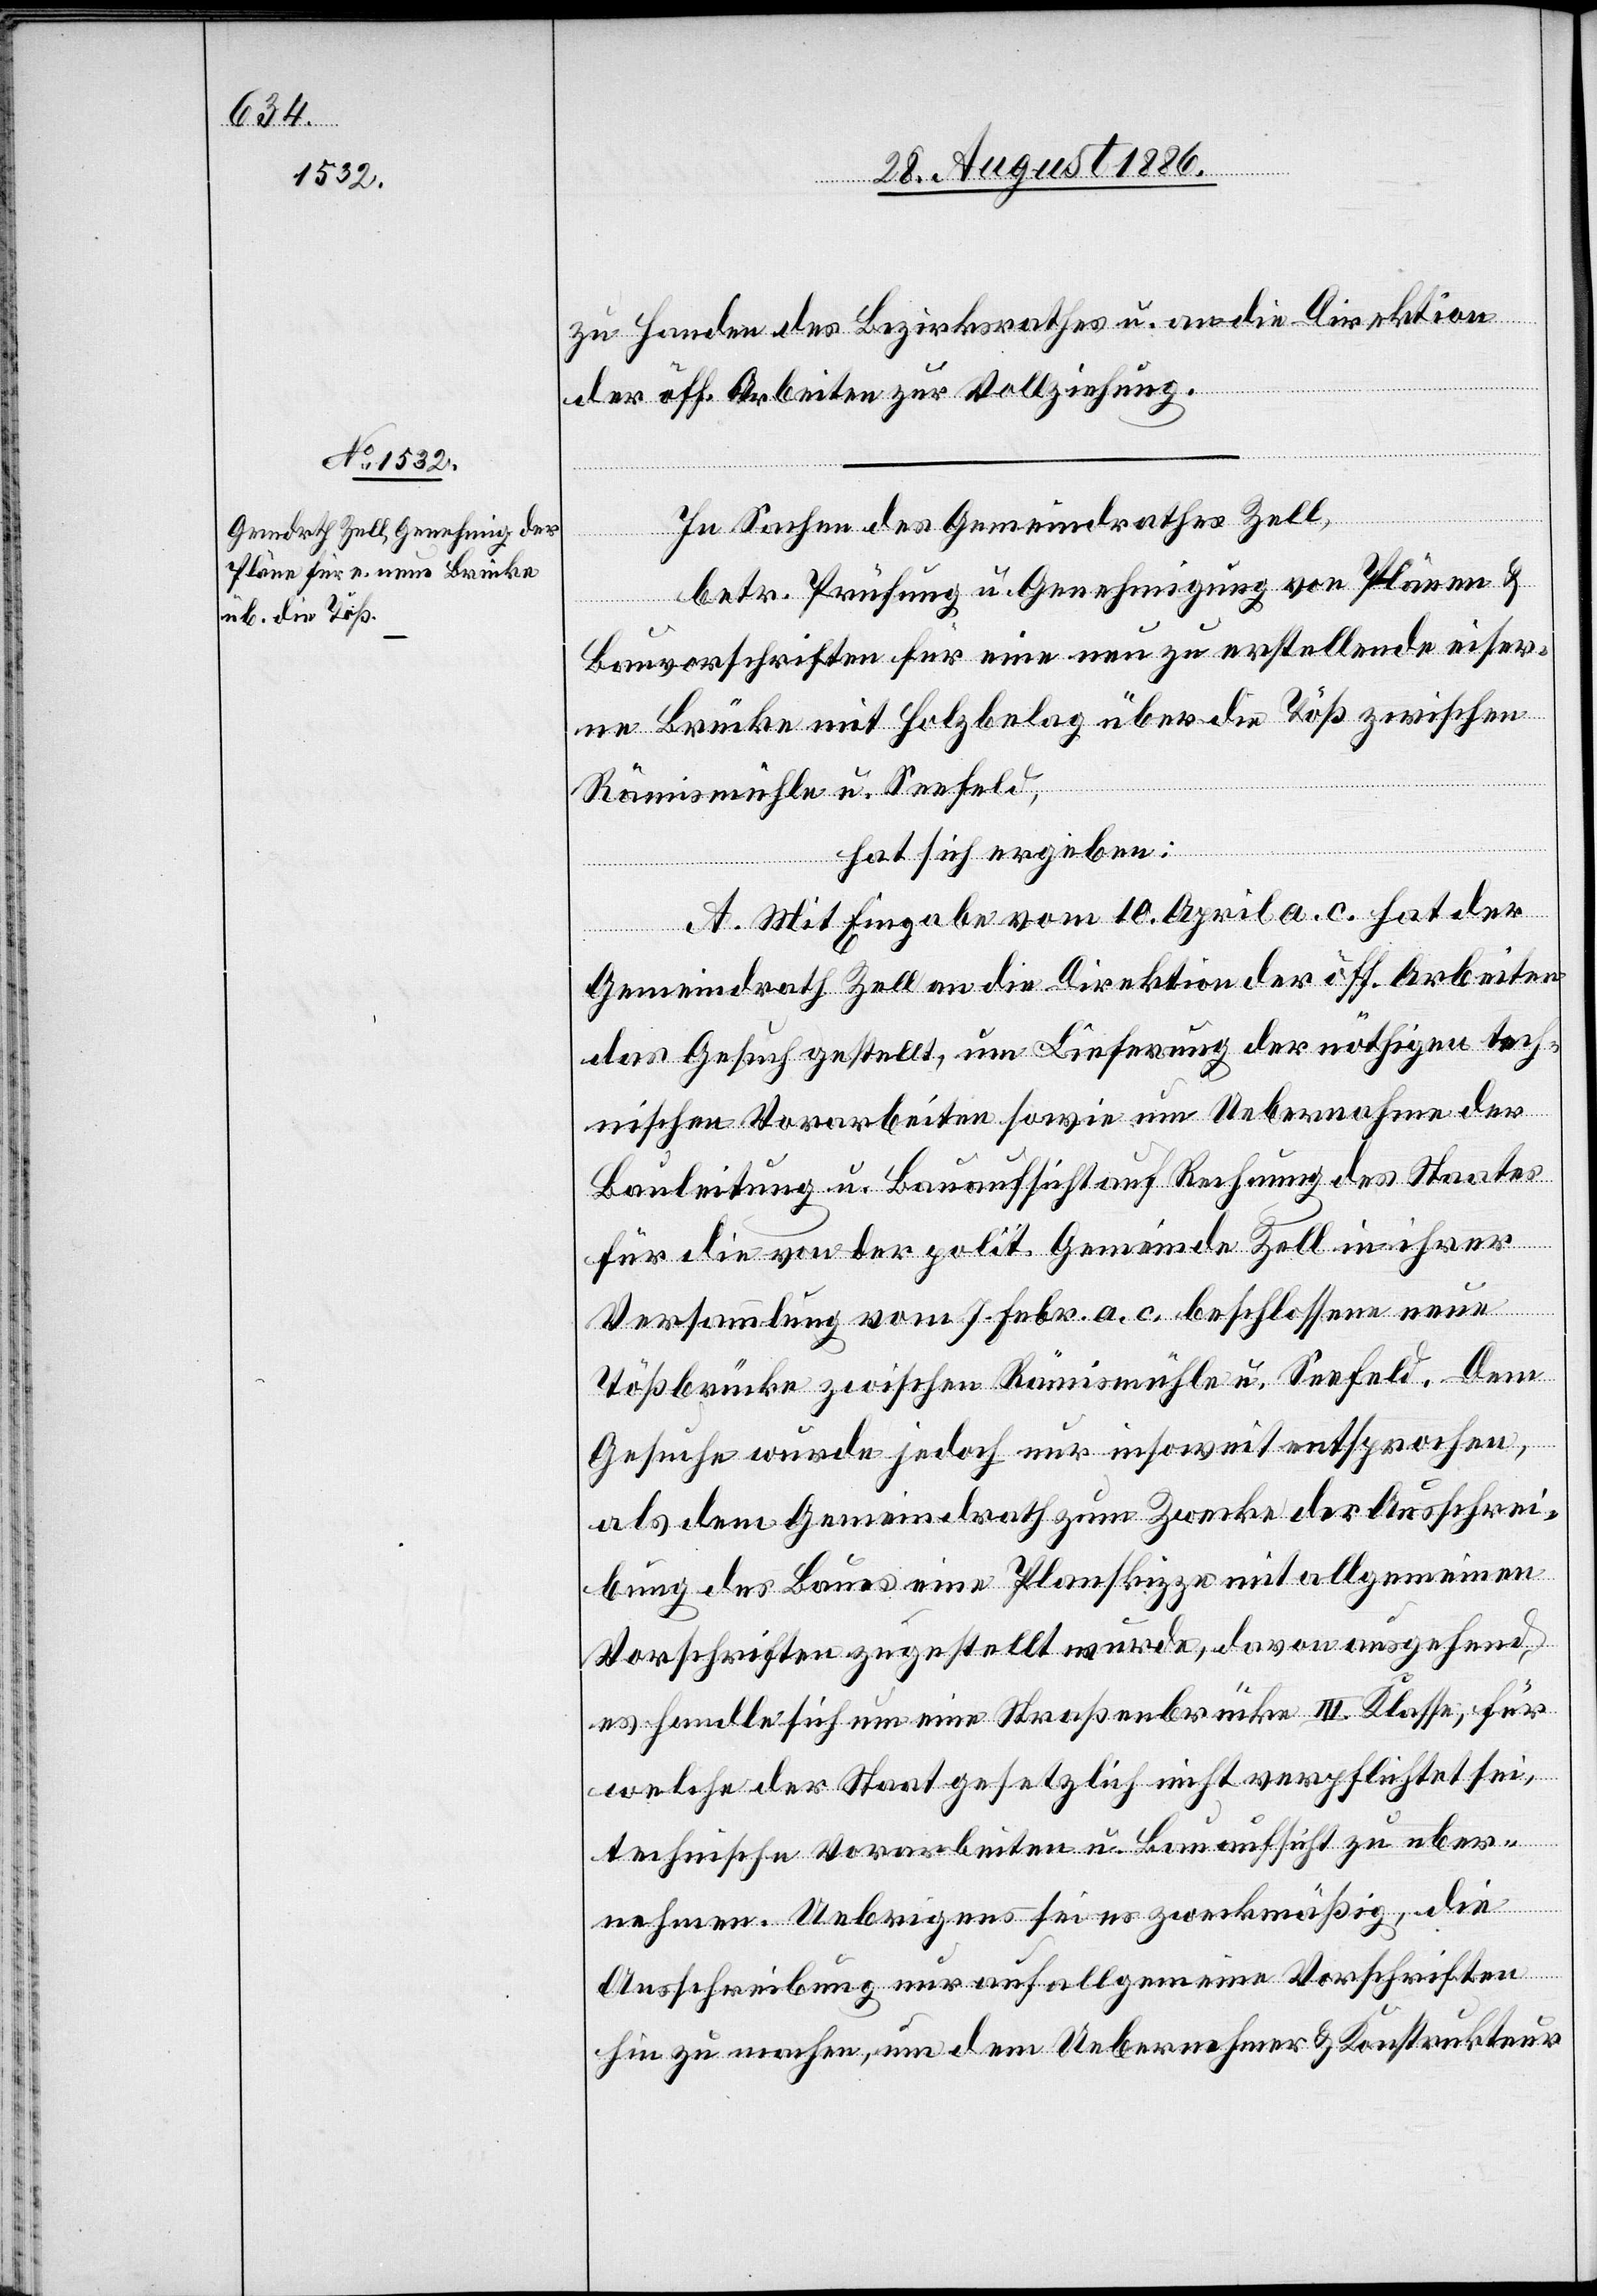
zu Handen des Bezirksrathes u. an die Direktion
der öff. Arbeiten zur Vollziehung.
In Sachen des Gemeindrathes Zell,
betr. Prüfung u. Genehmigung von Plänen &
Bauvorschriften für eine neu zu erstellende eiser¬
ne Brücke mit Holzbelag über die Töß zwischen
Rämismühle u. Seefeld,
hat sich ergeben:
A. Mit Eingabe vom 10. April a. c. hat der
Gemeindrath Zell an die Direktion der öff. Arbeiten
das Gesuch gestellt, um Lieferung der nöthigen tech¬
nischen Vorarbeiten sowie um Uebernahme der
Bauleitung u. Bauaufsicht auf Rechnung des Staates
für die von der polit. Gemeinde Zell in ihrer
Versammlung vom 7. Febr. a. c. beschlossene neue
Tößbrücke zwischen Rämismühle u. Seefeld. Dem
Gesuche wurde jedoch nur insoweit entsprochen,
als dem Gemeindrath zum Zwecke der Ausschrei¬
bung des Baues eine Planskizze mit allgemeinen
Vorschriften zugestellt wurde, davon ausgehend,
es handle sich um eine Straßenbrücke III. Klasse, für
welche der Staat gesetzlich nicht verpflichtet sei,
technische Vorarbeiten u. Bauaufsicht zu über¬
nehmen. Uebrigens sei es zweckmäßig, die
Ausschreibung nur auf allgemeine Vorschriften
hin zu machen, um dem Uebernehmer & Konstrukteur